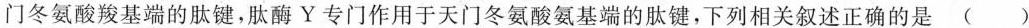
门冬氨酸羧基端的肽键，肽酶Y专门作用于天门冬氨酸氨基端的肽键，下列相关叙述正确的是( )